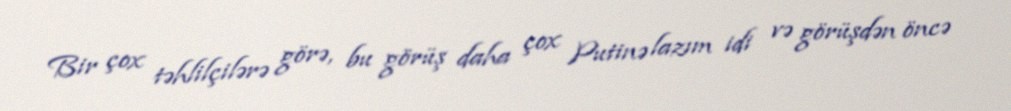
Bir çox təhlilçilərə görə, bu görüş daha çox Putinə lazım idi və görüşdən öncə